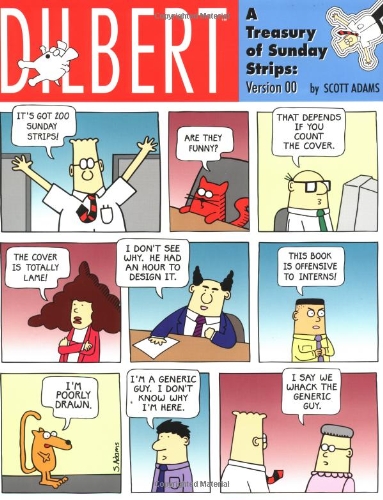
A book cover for Dilbert - A Treasury Of Sunday Strips:  Version 00; Scott Adams; Humor & Entertainment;